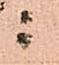
ニ